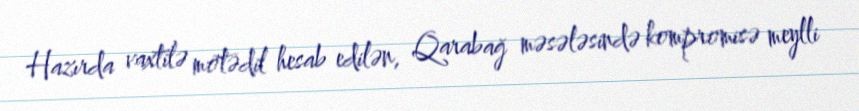
Hazırda vaxtilə mötədil hesab edilən, Qarabağ məsələsində kompromisə meylli